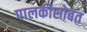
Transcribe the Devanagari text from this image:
पालकीसोबत